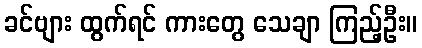
ခင်ဗျား ထွက်ရင် ကားတွေ သေချာ ကြည့်ဦး။